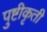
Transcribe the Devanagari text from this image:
पुष्टीकृती